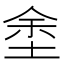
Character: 𡌆